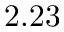
2 . 2 3